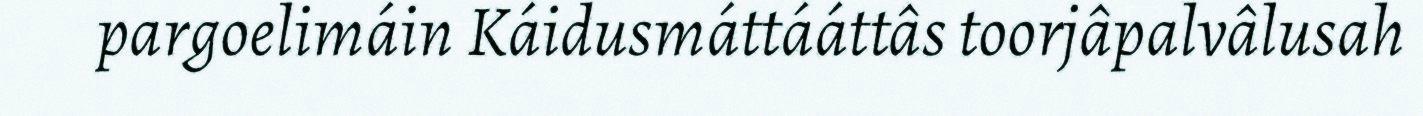
pargoelimáin Káidusmáttááttâs toorjâpalvâlusah